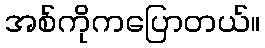
အစ်ကိုကပြောတယ်။